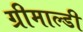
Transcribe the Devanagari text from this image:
ग्रीमाल्डी